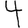
Digit: 4